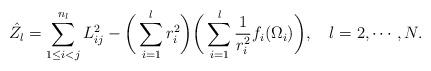
LaTeX: \begin{align*} \hat{Z}_l=\sum_{1\leq i<j}^{n_l}L_{ij}^2-\bigg(\sum_{i=1}^{l}r_i^2 \bigg)\bigg(\sum_{i=1}^{l}\frac{1}{r_i^2}f_i(\Omega_i) \bigg),~~~l=2,\cdots,N.\end{align*}